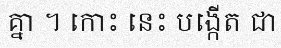
គ្នា ។ កោះ នេះ បង្កើត ជា